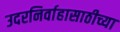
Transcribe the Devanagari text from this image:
उदरनिर्वाहासाठीच्या